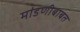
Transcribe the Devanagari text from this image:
मांडणीबाबत